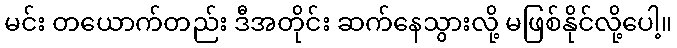
မင်း တယောက်တည်း ဒီအတိုင်း ဆက်နေသွားလို့ မဖြစ်နိုင်လို့ပေါ့။